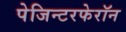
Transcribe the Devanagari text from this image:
पेजिन्टरफेरॉन